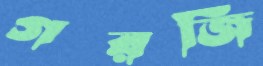
গরজি